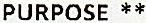
PURPOSE **